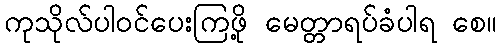
ကုသိုလ်ပါဝင်ပေးကြဖို့ မေတ္တာရပ်ခံပါရ စေ။